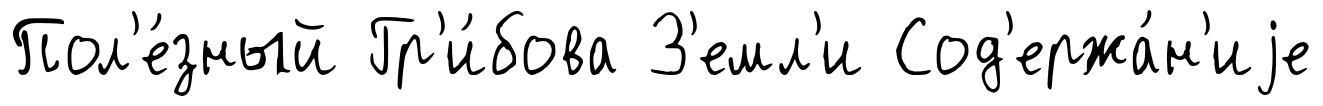
Пол'е́зный Гр'и́бова З'емл'и Сод'ержа́н'иjе